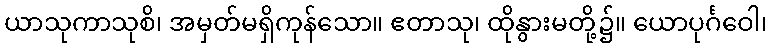
ယာသုကာသုစိ၊ အမှတ်မရှိကုန်သော။ ဧတာသု၊ ထိုနွားမတို့၌။ ယောပုင်္ဂဝေါ၊